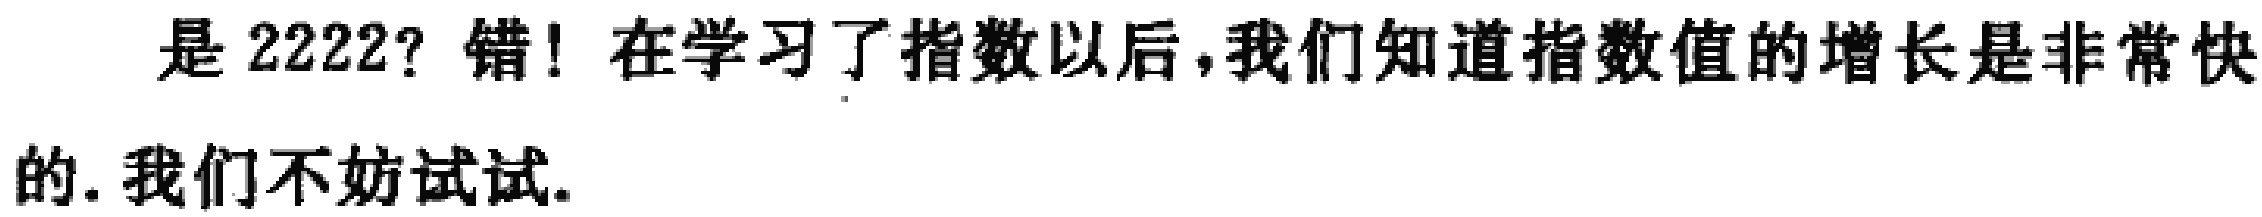
是 2222? 错! 在学习了指数以后,我们知道指数值的增长是非常快的. 我们不妨试试.